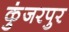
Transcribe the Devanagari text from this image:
कुंजरपुर